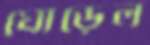
ঘোড়েল